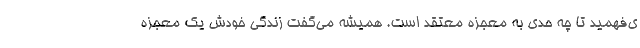
ی‌فهمید تا چه حدی به معجزه معتقد است. همیشه می‌گفت زندگی خودش یک معجزه